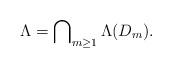
LaTeX: \begin{align*}\Lambda = \bigcap\nolimits_{m \ge 1} \Lambda(D_{m}). \end{align*}